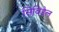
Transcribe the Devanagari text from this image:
सिविडेल